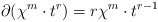
\begin{align*}\partial(\chi^m\cdot t^r)=r\chi^{m}\cdot t^{r-1}\end{align*}